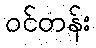
ဝင်တန်း